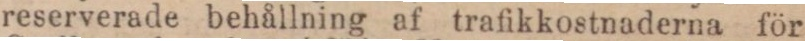
reserverade behållning af trafikkostnaderna för